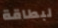
لبطاقة